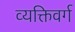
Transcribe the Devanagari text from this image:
व्यक्तिवर्ग